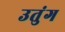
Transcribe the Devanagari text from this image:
उतुंग